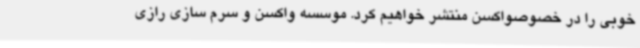
خوبی را در خصوصواکسن منتشر خواهیم کرد. موسسه واکسن و سرم سازی رازی